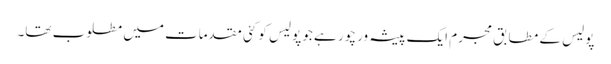
پولیس کے مطابق مجرم ایک پیشہ ور چور ہے جو پولیس کو کئی مقدمات میں مطلوب تھا۔